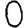
Digit: 0